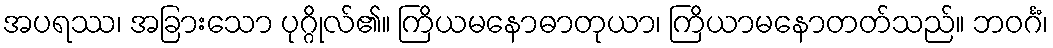
အပရဿ၊ အခြားသော ပုဂ္ဂိုလ်၏။ ကြိယမနောဓာတုယာ၊ ကြိယာမနောတတ်သည်။ ဘဝင်္ဂံ၊